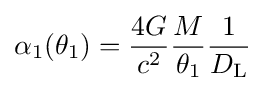
\alpha _{1}(\theta _{1})={\frac {4G}{c^{2}}}{\frac {M}{\theta _{1}}}{\frac {1}{D_{\rm {L}}}}